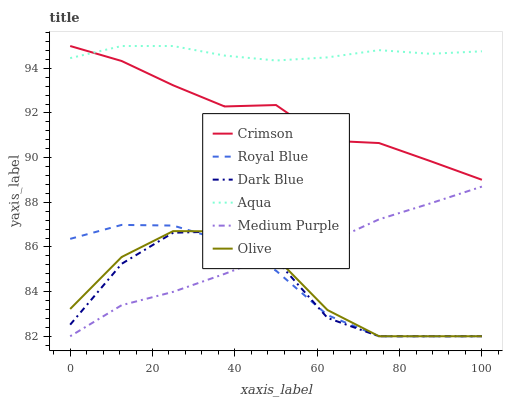
| xaxis_label | Crimson | Royal Blue | Dark Blue | Aqua | Medium Purple | Olive |
 | --- | --- | --- | --- | --- | --- | --- |
 | 0 | 95 | 86.4 | 82.5 | 94.5 | 82 | 83.2 |
 | 12.5 | 94.3 | 87 | 85.2 | 95 | 83.4 | 85.5 |
 | 25 | 93.2 | 87 | 86.6 | 95 | 84 | 86.7 |
 | 37.5 | 92.3 | 86.3 | 86.7 | 94.6 | 84.8 | 86.7 |
 | 50 | 92.4 | 84.9 | 85.4 | 94.4 | 85.7 | 85.5 |
 | 62.5 | 90.8 | 82.9 | 82.8 | 94.5 | 86.2 | 83.2 |
 | 75 | 90.7 | 82 | 82 | 94.8 | 87.2 | 82 |
 | 87.5 | 89.8 | 82 | 82 | 94.7 | 88 | 82 |
 | 100 | 89 | 82 | 82 | 94.8 | 88.7 | 82 |